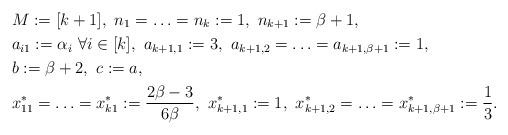
LaTeX: \begin{align*}& M := [k+1], \ n_1 = \ldots = n_k := 1, \ n_{k+1} := \beta+1,\\& a_{i1} := \alpha_i \ \forall i \in [k], \ a_{k+1,1} := 3, \ a_{k+1,2} = \ldots = a_{k+1,\beta+1} := 1,\\& b := \beta + 2, \ c := a,\\& x^*_{11} = \ldots = x^*_{k1} := \frac{2\beta-3}{6 \beta}, \ x^*_{k+1,1} := 1, \ x^*_{k+1,2} = \ldots = x^*_{k+1,\beta+1} := \frac{1}{3}.\end{align*}